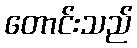
တောင်းသည်